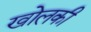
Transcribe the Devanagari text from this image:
खोलकी